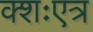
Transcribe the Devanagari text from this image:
क्शःएत्र